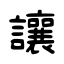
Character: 讓